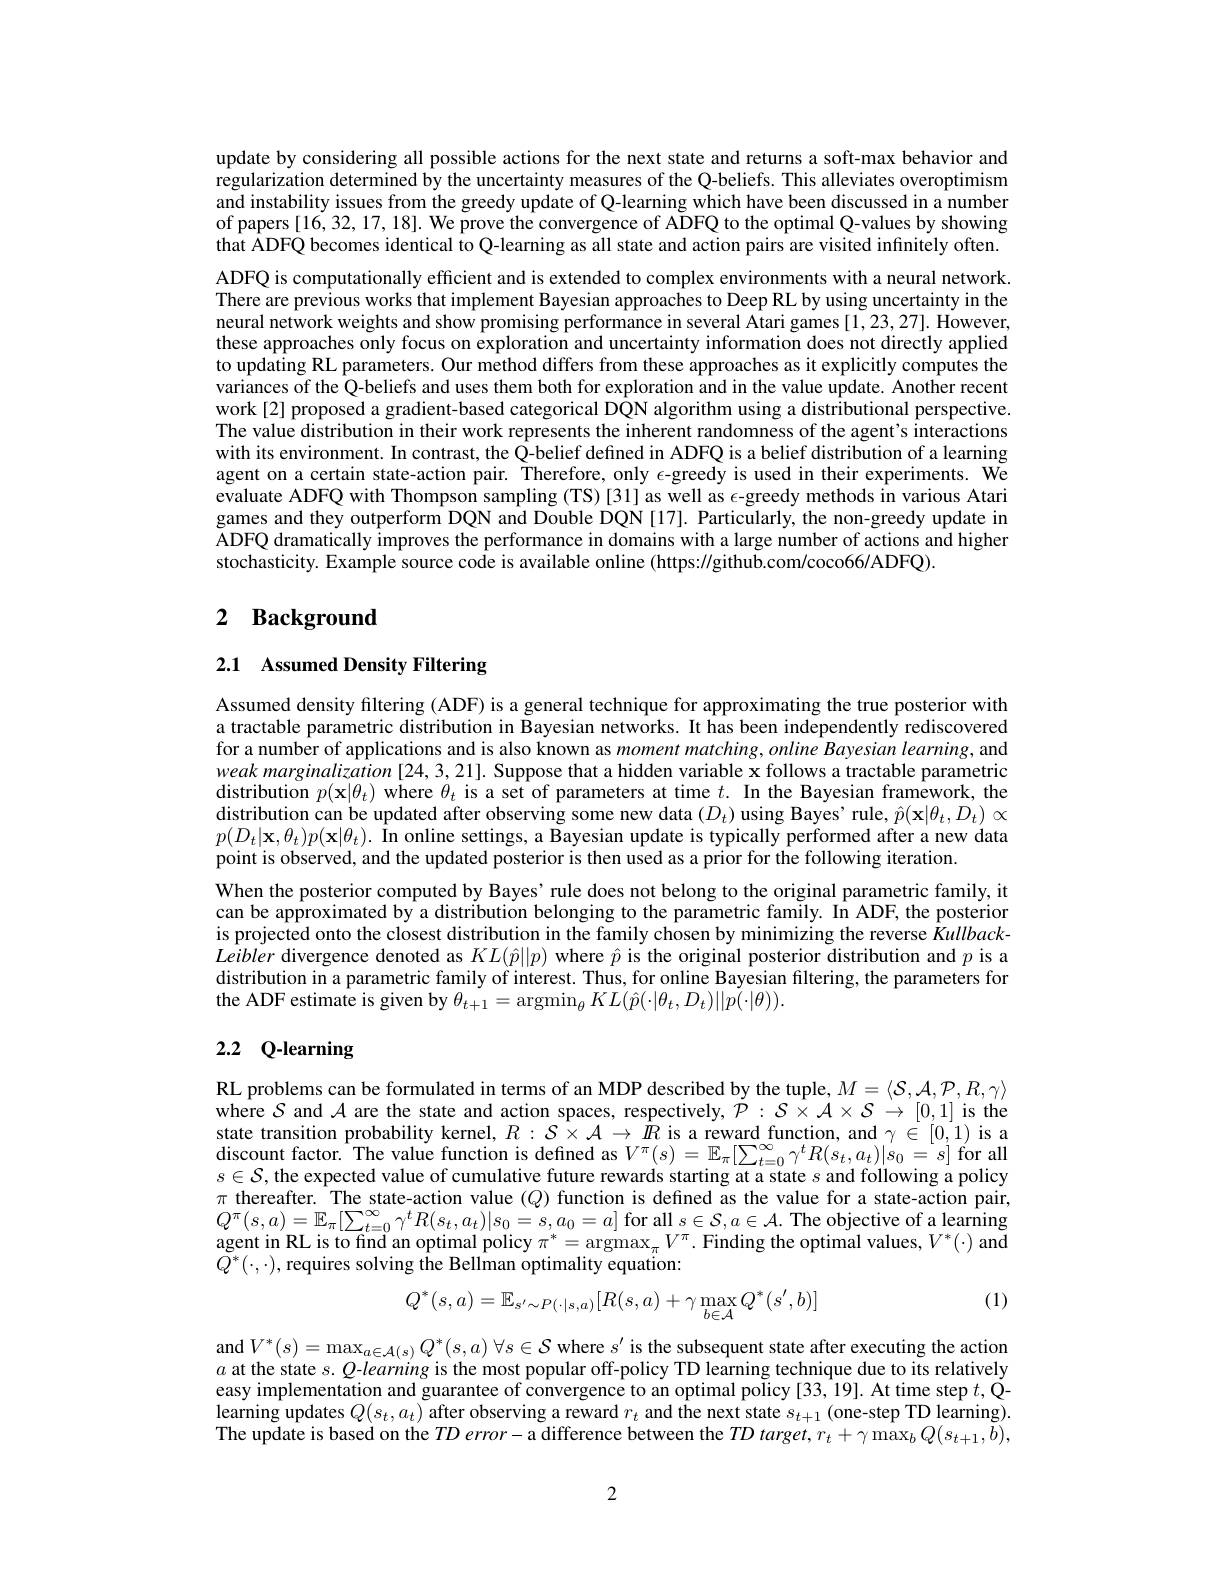
update by considering all possible actions for the next state and returns a soft-max behavior and regularization determined by the uncertainty measures of the Q-beliefs. This alleviates overoptimism and instability issues from the greedy update of Q-learning which have been discussed in a number of papers[16,32,17,18]. We prove the convergence of ADFQ to the optimal Q-values by showing that ADFQ becomes identical to Q-learning as all state and action pairs are visited infinitely often. ADFQ is computationally efficient and is extended to complex environments with a neural network. There are previous works that implement Bayesian approaches to Deep RL by using uncertainty in the neural network weights and show promising performance in several Atari games [1,23,27]. However, these approaches only focus on exploration and uncertainty information does not directly applied to updating RL parameters. Our method differs from these approaches as it explicitly computes the variances of the Q-beliefs and uses them both for exploration and in the value update. Another recent work[2] proposed a gradient-based categorical D$\hat{\mathbb{Q}}$N algorithm using a distributional perspective. The value distribution in their work represents the inherent randomness of the agent's interactions with its environment. In contrast, the Q-belief defined in ADFQ is a belief distribution of a learning agent on a certain state-action pair. Therefore, only $\epsilon$-greedy is used in their experiments. We evaluate ADFQ with Thompson sampling (TS) [31] as well as $\epsilon$-greedy methods in various Atari games and they outperform DQN and Double DQN [17]. Particularly, the non-greedy update in ADFQ dramatically improves the performance in domains with a large number of actions and higher stochasticity. Example source code is available online (https://github.com/coco66/ADFQ).

# 2 Background

## 2.1 Assumed Density Filtering

Assumed density filtering (ADF) is a general technique for approximating the true posterior with a tractable parametric distribution in Bayesian networks. It has been independently rediscovered for a number of applications and is also known as moment matching,$online\textit{Bayesian learning, and}$ weak marginalization [24,3,21]. Suppose that a hidden variable x follows a tractable parametric distribution $p(\mathbf{x}|\theta_t)$ where $\theta_t$ is a set of parameters at time $t.$ In the Bayesian framework, the distribution can be updated after observing some new data $(D_t)$ using Bayes' rule, $\hat{p}(\mathbf{x}|\theta_t,D_t)\propto$ $p( D_{t}| \mathbf{x} , \theta _{t}) p( \mathbf{x} | \theta _{t}) . \textbf{ \^{I} n online settings, a Bayesian update is typically performed after a new data}$ point is observed, and the updated posterior is then used as a prior for the following iteration.
When the posterior computed by Bayes' rule does not belong to the original parametric family, it can be approximated by a distribution belonging to the parametric family. In ADF, the posterior is projected onto the closest distribution in the family chosen by minimizing the reverse KullbackLeibler divergence denoted as $KL(\hat{p}||p)$ where $\hat{p}$ is the original posterior distribution and $p$ is a distribution in a parametric family of interest. Thus, for online Bayesian filtering, the parameters for the ADF estimate is given by $\theta_{t+1}=\operatorname{argmin}_{\theta}KL(\hat{p}(\cdot|\theta_{t},D_{t})||p(\cdot|\theta)).$

## 2.2 Q-learning

RL problems can be formulated in terms of an MDP described by the tuple, $M=\langle\mathcal{S},\mathcal{A},\mathcal{P},R,\gamma\rangle$ $\hat{\text{where}S}$ and $\mathcal{A}$ are the state and action spaces, respectively, $\dot{\mathcal{P}}:\mathcal{S}\times\mathcal{A}\times\mathcal{S}\to[0,1]$ is the state transition probability kernel, $R:S\times A\to\hat{R}$ is a reward function, and $\gamma\in[0,1)$ is a discount factor. The value function is defined as $V^\pi(s)=\mathbb{E}_\pi[\sum_{t=0}^\infty\gamma^tR(s_t,a_t)|s_0=s]$ for all $s\in\mathcal{S}$, the expected value of cumulative future rewards starting at a state $s$ and following a policy $\pi$ thereafter. The state-action value $(Q)$ function is defined as the value for a state-action pair, $Q^{\pi }( s, a) = \mathbb{E} _{\pi }[ \sum _{t= 0}^{\infty }\gamma ^{t}R( s_{t}, a_{t}) | s_{0}= s, a_{0}= a] \underset {{\mathbf{V} }}{\operatorname* { \operatorname* { \text{for all }} } }s\in \mathcal{S} , a\in \mathcal{A} .$The objective of a learning agent in RL is to find an optimal policy $\pi^*=\underset{\pi}{\operatorname*{argmax}}_\pi V^\pi.$ Finding the optimal values, $V^*(\cdot)$ and $\tilde{Q}^{*}(\cdot,\cdot)$,requires solving the Bellman optimality equation:
$$Q^*(s,a)=\mathbb{E}_{s'\sim P(\cdot|s,a)}[R(s,a)+\gamma\max_{b\in\mathcal{A}}Q^*(s',b)]$$
(1)

and$V^* ( s) = \max _{a\in \mathcal{A} ( s) }Q^* ( s, a) \forall s\in \mathcal{S}$ where $s^\prime$ is the subsequent state after executing the action $a$ at the state $s.Q$-learning is the most popular off-policy TD learning technique due to its relatively easy implementation and guarantee of convergence to an optimal policy [33,19]. At time step $t$,Qlearning updates $Q(s_t,a_t)$ after observing a reward $r_t$ and the next state $s_t+1$ (one-step TD learning). The update is based on the $TDerror-$ a difference between the $TD\textit{target, }r_t+ \gamma \max _bQ( s_{t+ 1}, b) $,

2